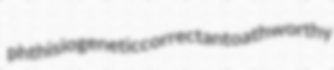
phthisiogenetic correctant oathworthy